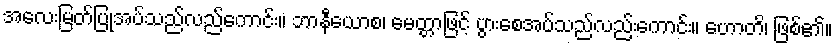
အလေးမြတ်ပြုအပ်သည်လည်ကောင်း။ ဘာနီယောစ၊ မေတ္တာဖြင့် ပွားစေအပ်သည်လည်းကောင်း။ ဟောတိ၊ ဖြစ်၏။